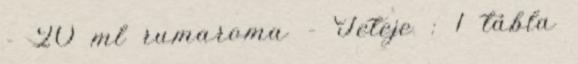
- 20 ml rumaroma - Teteje : 1 tábla